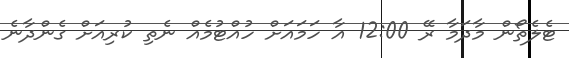
ޓެލެތޯން މާދަމާ ރޭ 12:00 އާ ހަމައަށް ހުއްޓުމެއް ނެތި ކުރިއަށް ގެންދާނެ